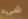
شيء